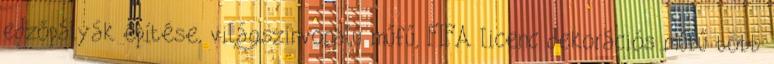
edzőpályák építése, világszínvonalú műfű, FIFA licenc dekorációs műfű több